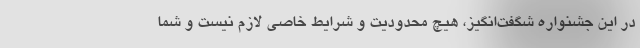
در این جشنواره شگفت‌انگیز، هیچ محدودیت و شرایط خاصی لازم نیست و شما